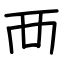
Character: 襾